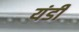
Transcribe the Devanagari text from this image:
यंडी